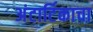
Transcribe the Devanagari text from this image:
अंटार्टिकाचा